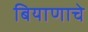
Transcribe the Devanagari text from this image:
बियाणाचे